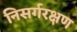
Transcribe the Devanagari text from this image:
निसर्गरक्षण